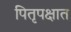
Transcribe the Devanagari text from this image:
पितृपक्षात